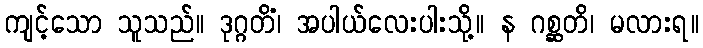
ကျင့်သော သူသည်။ ဒုဂ္ဂတိံ၊ အပါယ်လေးပါးသို့။ န ဂစ္ဆတိ၊ မလားရ။